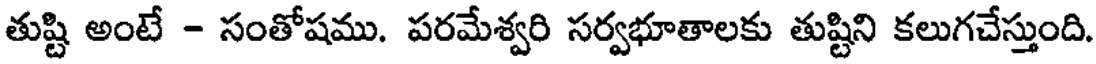
తుష్టి అంటే - సంతోషము. పరమేశ్వరి సర్వభూతాలకు తుష్టిని కలుగచేస్తుంది.